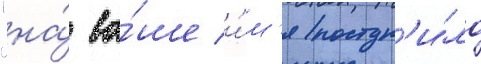
"на́ ва́ше и́м'я поступ'и́ло